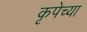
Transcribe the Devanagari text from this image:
कृपेच्या